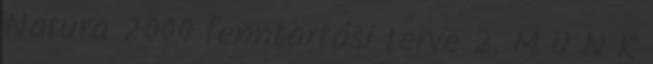
Natura 2000 fenntartási terve 2. M U N K